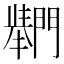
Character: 𲈴